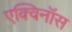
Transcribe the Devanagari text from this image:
एक्विनॉस